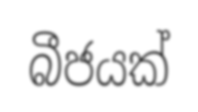
බීජයක්